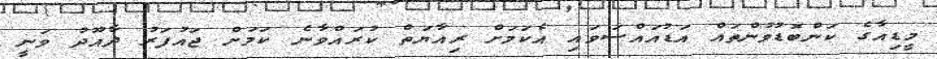
މީޑިއާގެ ކަންބޮޑުވުންތައް އަޑުއައްސަވައި އެކަމަށް ރިއާޔަތް ކުރައްވާނެ ކަމަށް ޖައުފަރު ދާއޫދު ވަނީ